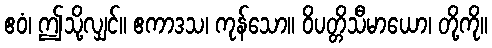
ဧဝံ၊ ဤသို့လျှင်။ ဧကာဒသ၊ ကုန်သော။ ဝိပတ္တိသီမာယော၊ တို့ကို။